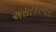
અસરકરનારી